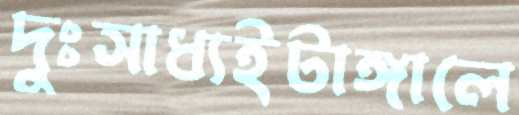
দুঃসাধ্যইটাঙ্গালে